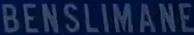
BENSLIMANE